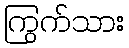
ကြွက်သား